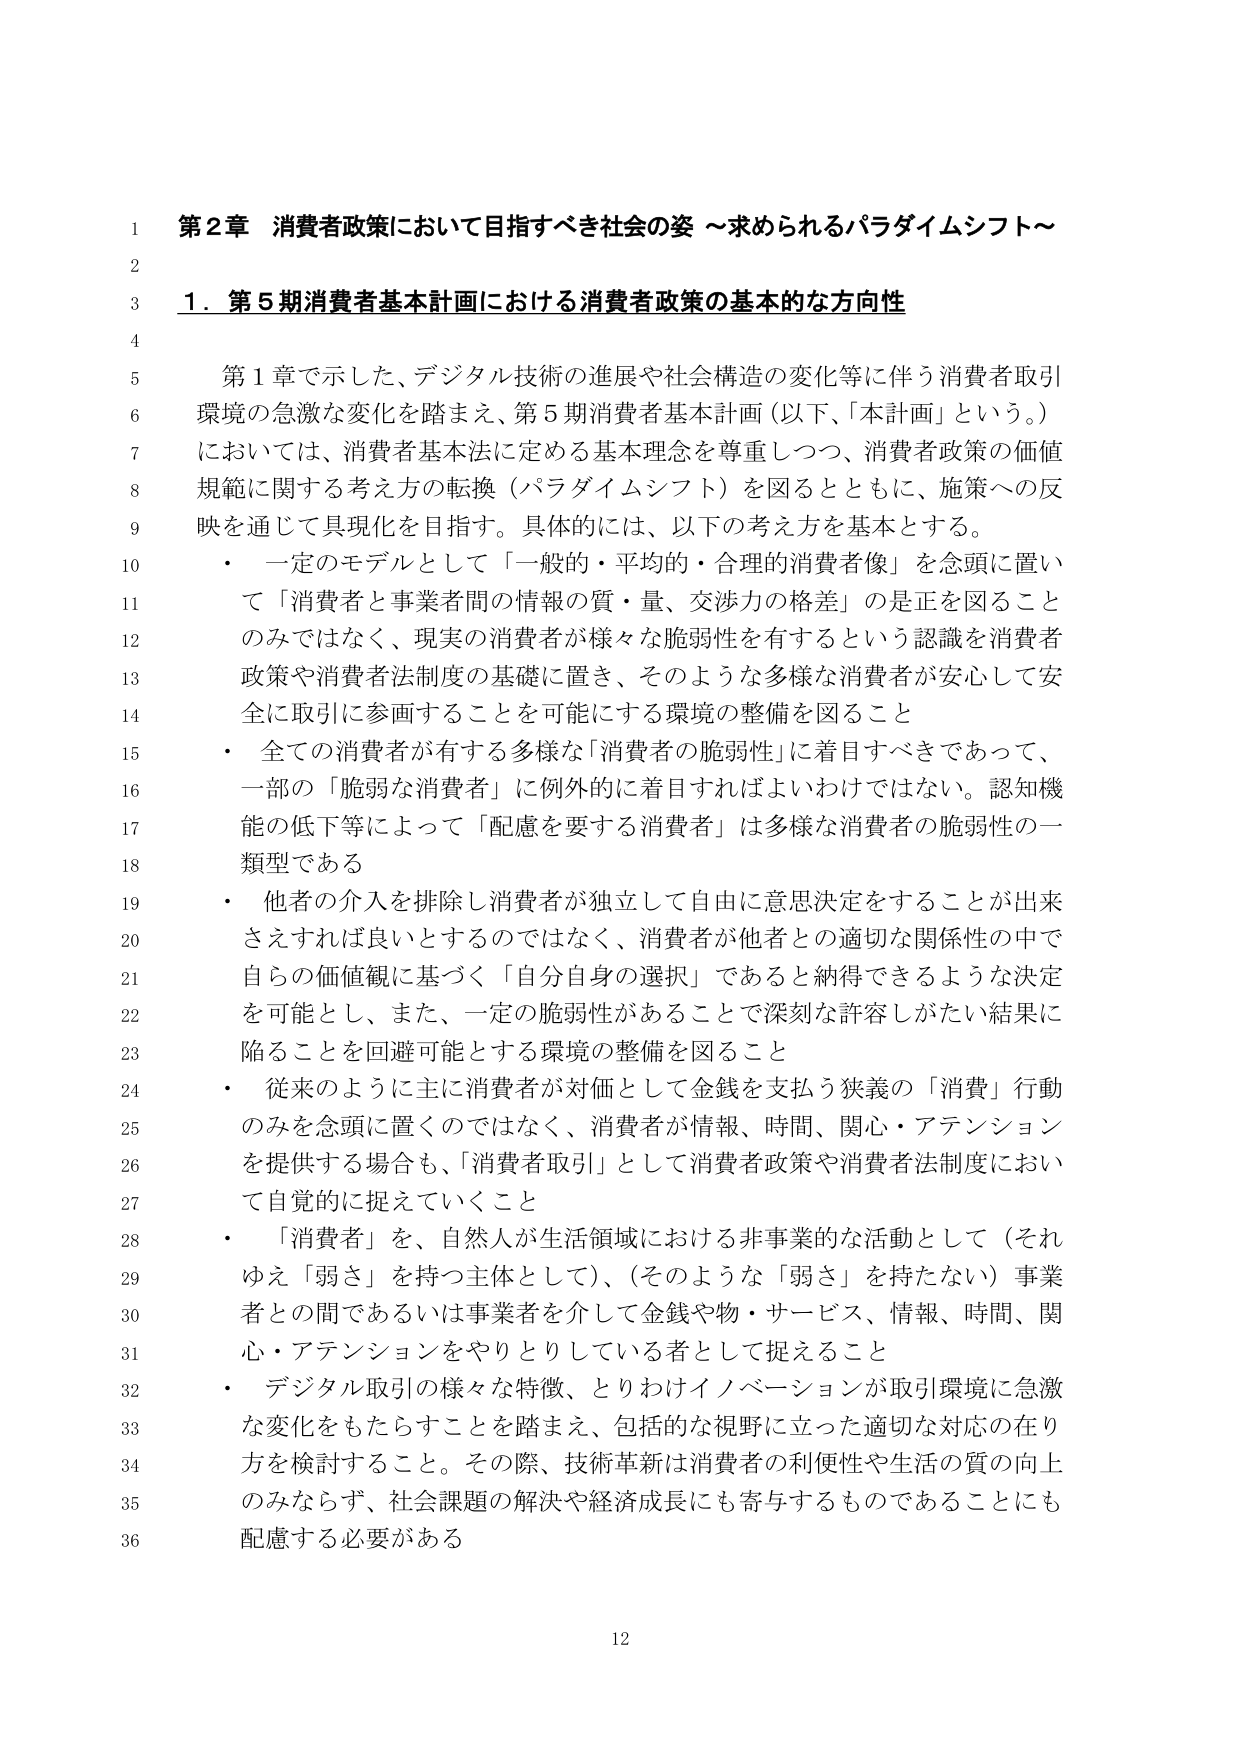
第2章 消費者政策において目指すべき社会の姿 ～求められるパラダイムシフト～

1．第5期消費者基本計画における消費者政策の基本的な方向性

第1章で示した、デジタル技術の進展や社会構造の変化等に伴う消費者取引環境の急激な変化を踏まえ、第5期消費者基本計画（以下、「本計画」という。）においては、消費者基本法に定める基本理念を尊重しつつ、消費者政策の価値規範に関する考え方の転換（パラダイムシフト）を図るとともに、施策への反映を通じて具現化を目指す。具体的には、以下の考え方を基本とする。

・ 一定のモデルとして「一般的・平均的・合理的消費者像」を念頭に置いて「消費者と事業者間の情報の質・量、交渉力の格差」の是正を図ることのみではなく、現実の消費者が様々な脆弱性を有するという認識を消費者政策や消費者法制度の基礎に置き、そのような多様な消費者が安心して安全に取引に参画することを可能にする環境の整備を図ること

・ 全ての消費者が有する多様な「消費者の脆弱性」に着目すべきであって、一部の「脆弱な消費者」に例外的に着目すればよいわけではない。認知機能の低下等によって「配慮を要する消費者」は多様な消費者の脆弱性の一類型である

・ 他者の介入を排除し消費者が独立して自由に意思決定をすることが出来さえすれば良いとするのではなく、消費者が他者との適切な関係性の中で自らの価値観に基づく「自分自身の選択」であると納得できるような決定を可能とし、また、一定の脆弱性があることで深刻な許容しがたい結果に陥ることを回避可能とする環境の整備を図ること

・ 従来のように主に消費者が対価として金銭を支払う狭義の「消費」行動のみを念頭に置くのではなく、消費者が情報、時間、関心・アテンションを提供する場合も、「消費者取引」として消費者政策や消費者法制度において自覚的に捉えていくこと

・ 「消費者」を、自然人が生活領域における非事業的な活動として（それゆえ「弱さ」を持つ主体として）、（そのような「弱さ」を持たない）事業者との間であるいは事業者を介して金銭や物・サービス、情報、時間、関心・アテンションをやりとりしている者として捉えること

・ デジタル取引の様々な特徴、とりわけイノベーションが取引環境に急激な変化をもたらすことを踏まえ、包括的な視野に立った適切な対応の在り方を検討すること。その際、技術革新は消費者の利便性や生活の質の向上のみならず、社会課題の解決や経済成長にも寄与するものであることにも配慮する必要がある

12